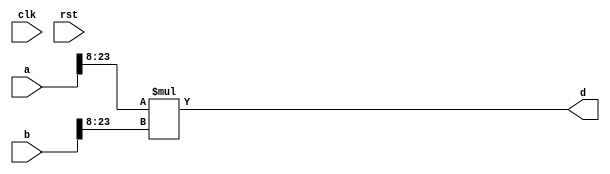
module conf_int_mul__noFF__arch_agnos__apx ( clk, rst, a, b, d);
   parameter OP_BITWIDTH = 16; 
   parameter DATA_PATH_BITWIDTH = 24;
   
   input clk;
   input rst;
   input [DATA_PATH_BITWIDTH -1: 0] a;
   input [DATA_PATH_BITWIDTH -1 : 0] b;
   //output [(DATA_PATH_BITWIDTH + DATA_PATH_BITWIDTH ) - 1 - 11 : 0] d;
   output [(DATA_PATH_BITWIDTH - 8 + DATA_PATH_BITWIDTH - 8) - 1 : 0] d;
   assign d = $signed(a[DATA_PATH_BITWIDTH - 1:8]) * $signed(b[DATA_PATH_BITWIDTH -1 :8]);
endmodule





module conf_int_mul__noFF__arch_agnos__acc( clk, rst, a, b, d
 );

//--- parameters
//parameter BT_RND = 0
parameter OP_BITWIDTH = 16; //operator bit width
parameter DATA_PATH_BITWIDTH = 16; //flip flop Bit width

//--- input,outputs
input clk;
input rst;
input [DATA_PATH_BITWIDTH -1:0] a;
input [DATA_PATH_BITWIDTH-1:0] b;
output [2*DATA_PATH_BITWIDTH -1:0] d;


//--- no flop design
assign  d = (a * b);

endmodule


module conf_int_mul__noFF__arch_agnos__w_wrapper( clk, rst, a, b, d
,acc__sel);

//--- parameters
//parameter BT_RND = 0
parameter OP_BITWIDTH = 16; //operator bit width
parameter DATA_PATH_BITWIDTH = 16; //flip flop Bit width


//--- input,outputs
input [DATA_PATH_BITWIDTH -1:0] a;
input [DATA_PATH_BITWIDTH-1:0] b;
input acc__sel;
output [2*DATA_PATH_BITWIDTH-1:0] d;
input clk;
input rst;

   wire [2*(DATA_PATH_BITWIDTH) - 1 : 0] d_internal__acc;
   wire [2*(DATA_PATH_BITWIDTH) - 2*(8) - 1 : 0] d_internal__apx;


// synopsys dc_script_begin
   //set_dont_touch d_internal__apx
   //set_dont_touch d_internal__acc
 //set_dont_touch d
 // synopsys dc_script_end


conf_int_mul__noFF__arch_agnos__acc #(OP_BITWIDTH, DATA_PATH_BITWIDTH) mul__inst__acc(.clk(clk), .rst(rst), .a(a), .b(b), 
    .d(d_internal__acc));

conf_int_mul__noFF__arch_agnos__apx #(OP_BITWIDTH, DATA_PATH_BITWIDTH) mul__inst__apx(.clk(clk), .rst(rst), .a(a), .b(b), .d(d_internal__apx));

   assign d [(DATA_PATH_BITWIDTH + DATA_PATH_BITWIDTH) - 1 : 2*8] = acc__sel ? d_internal__acc[(DATA_PATH_BITWIDTH + DATA_PATH_BITWIDTH) - 1 : 2*8] : d_internal__apx;
   assign  d[2*8- 1: 0] = acc__sel ? d_internal__acc[2*8-1: 0]:{(2*8){1'b0}};




endmodule